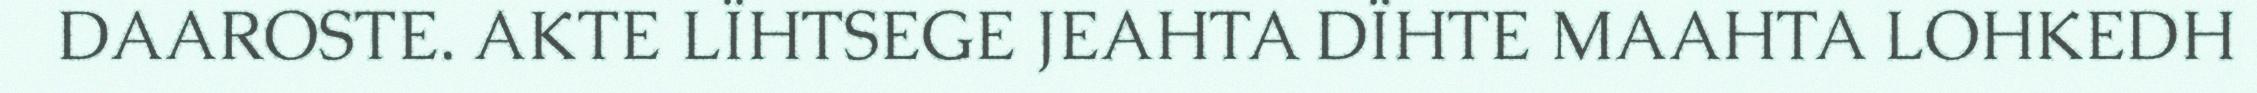
DAAROSTE. AKTE LÏHTSEGE JEAHTA DÏHTE MAAHTA LOHKEDH